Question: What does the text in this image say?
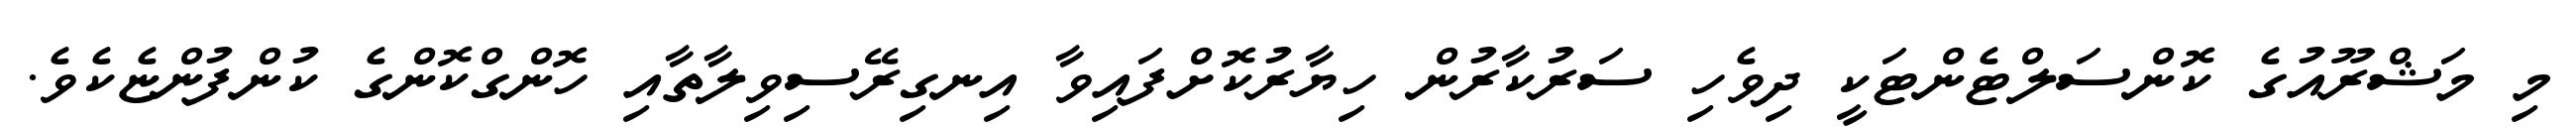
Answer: މި މަޝްރޫއުގެ ކޮންސަލްޓެންޓަކީ ދިވެހި ސަރުކާރުން ހިޔާރުކޮށްފައިވާ އިނގިރޭސިވިލާތާއި ހޮންގްކޮންގެ ކުންފުންޏެކެވެ.